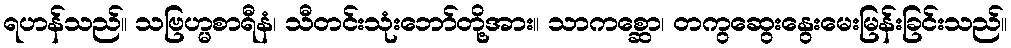
ရဟန်သည်။ သဗြဟ္မစာရီနံ၊ သီတင်းသုံးဘော်တို့အား။ သာကစ္ဆော၊ တကွဆွေးနွေးမေးမြန်းခြင်းသည်။